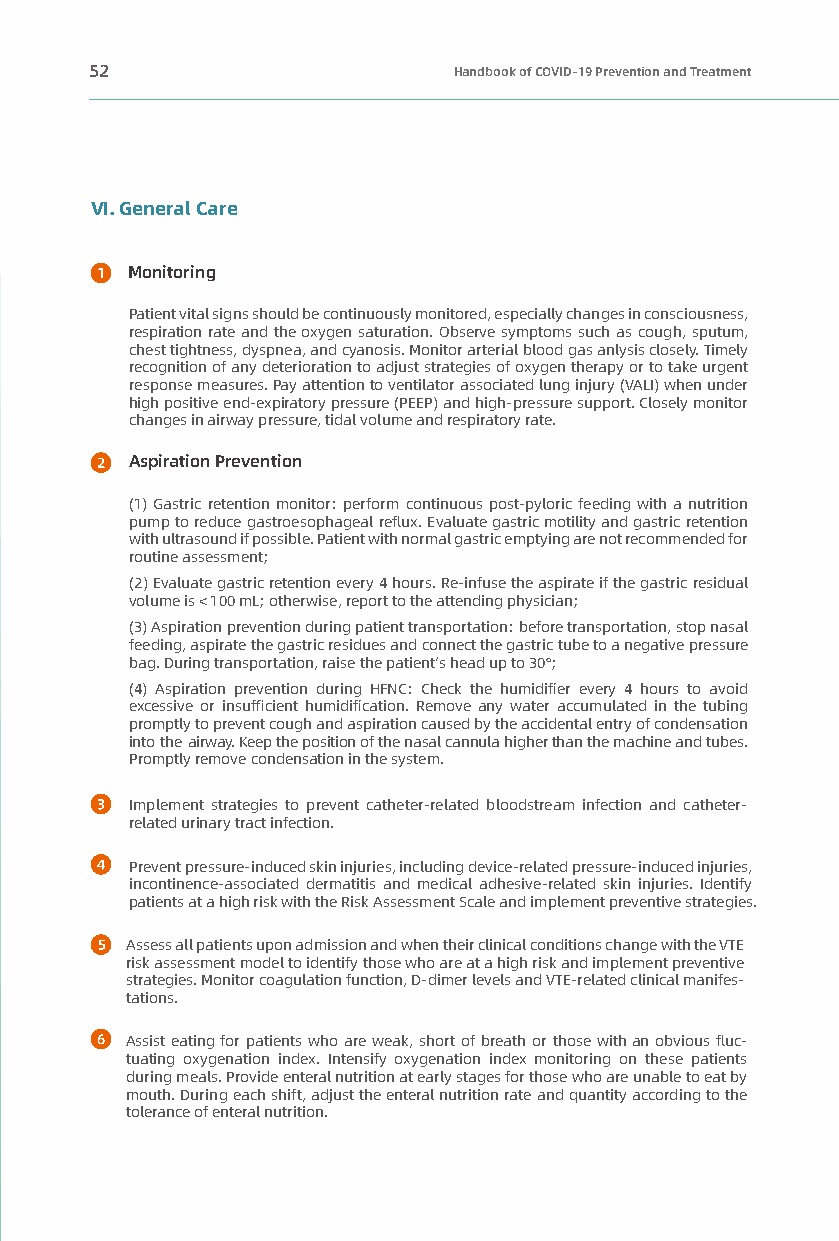
52                      Handbook of COVID-19 Prevention and Treatment
 VI. General Care
 Monitoring
 Patient vital signs should be continuously monitored, especially changes in consciousness,
 respiration rate and the oxygen saturation. Observe symptoms such as cough, sputum,
 chest tightness, dyspnea, and cyanosis. Monitor arterial blood gas anlysis closely. Timely
 recognition of any deterioration to adjust strategies of oxygen therapy or to take urgent
 response measures. Pay attention to ventilator associated lung injury (VALI) when under
 high positive end-expiratory pressure (PEEP) and high-pressure support. Closely monitor
 changes in airway pressure, tidal volume and respiratory rate.
 Aspiration Prevention
 (1) Gastric retention monitor: perform continuous post-pyloric feeding with a nutrition
 pump to reduce gastroesophageal reflux. Evaluate gastric motility and gastric retention
 with ultrasound if possible. Patient with normal gastric emptying are not recommended for
 routine assessment;
 (2) Evaluate gastric retention every 4 hours. Re-infuse the aspirate if the gastric residual
 volume is < 100 mL; otherwise, report to the attending physician;
 (3) Aspiration prevention during patient transportation: before transportation, stop nasal
 feeding, aspirate the gastric residues and connect the gastric tube to a negative pressure
 bag. During transportation, raise the patient’s head up to 30°;
 (4) Aspiration prevention during HFNC: Check the humidifier every 4 hours to avoid
 excessive or insufficient humidification. Remove any water accumulated in the tubing
 promptly to prevent cough and aspiration caused by the accidental entry of condensation
 into the airway. Keep the position of the nasal cannula higher than the machine and tubes.
 Promptly remove condensation in the system.
 Implement strategies to prevent catheter-related bloodstream infection and catheter-
 related urinary tract infection.
 Prevent pressure-induced skin injuries, including device-related pressure-induced injuries,
 incontinence-associated dermatitis and medical adhesive-related skin injuries. Identify
 patients at a high risk with the Risk Assessment Scale and implement preventive strategies.
 Assess all patients upon admission and when their clinical conditions change with the VTE
 risk assessment model to identify those who are at a high risk and implement preventive
 strategies. Monitor coagulation function, D-dimer levels and VTE-related clinical manifes-
 tations.
 Assist eating for patients who are weak, short of breath or those with an obvious fluc-
 tuating oxygenation index. Intensify oxygenation index monitoring on these patients
 during meals. Provide enteral nutrition at early stages for those who are unable to eat by
 mouth. During each shift, adjust the enteral nutrition rate and quantity according to the
 tolerance of enteral nutrition.